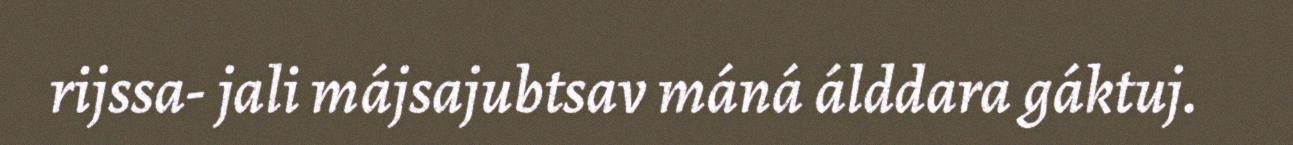
rijssa- jali májsajubtsav máná álddara gáktuj.